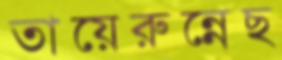
তায়েরুন্নেছ